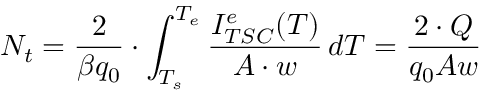
N _ { t } = \frac { 2 } { \beta q _ { 0 } } \cdot \int _ { T _ { s } } ^ { T _ { e } } \frac { I _ { T S C } ^ { e } ( T ) } { A \cdot w } \, d T = \frac { 2 \cdot Q } { q _ { 0 } A w }